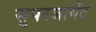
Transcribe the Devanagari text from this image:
सुपरजायेंट